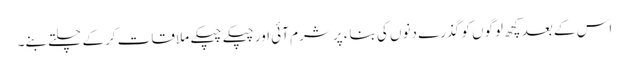
اس کے بعد کچھ لوگوں کو گذرے دنوں کی بناء پر شرم آئی اور چپکے چپکے ملاقات کرکے چلتے بنے۔